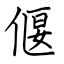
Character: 偃